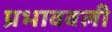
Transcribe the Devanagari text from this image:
प्रभाववली